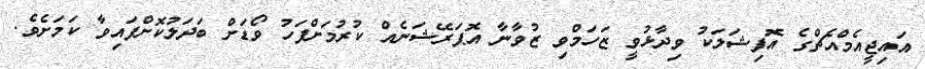
އައިޖީއެމްއެޗްގެ އޮފިޝަލަކު ވިދާޅުވީ ޒަހަމްވި ޒުވާނާ އޮޕަރޭޝަނެއް ކުރުމަށްފަހު ވޯޑަށް ބަދަލުކޮށްފައިވާ ކަމަށެވެ.